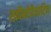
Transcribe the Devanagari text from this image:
स्फ़ीनोपैलाटिन